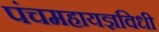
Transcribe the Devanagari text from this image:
पंचमहायज्ञविधी